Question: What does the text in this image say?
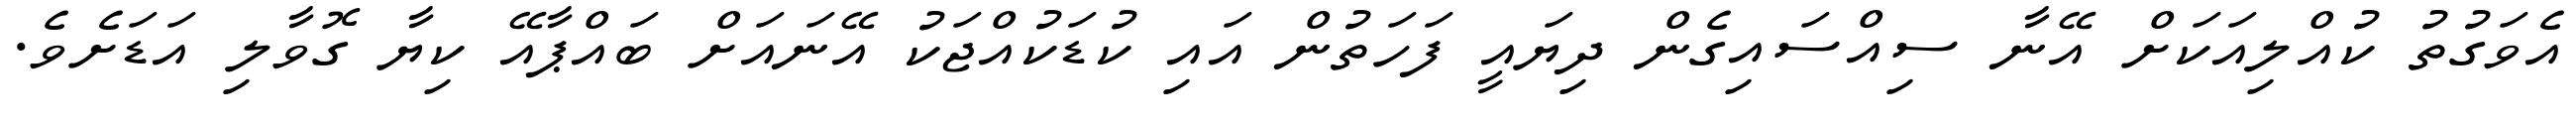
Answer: އެވަގުތު ކުއްލިއަކަށް އޭނާ ސިއްސައިގެން ދިޔައީ ފަހަތުން އައި ކުޑަކުއްޖަކު އޭނައަށް ބައްޕާއޭ ކިޔާ ގޮވާލި އަޑަށެވެ.